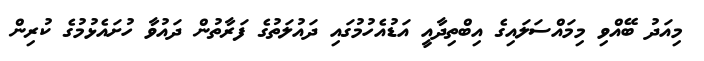
މިއަދު ބޭއްވި މިމައްސަލައިގެ އިބްތިދާއީ އަޑުއެހުމުގައި ދައުލަތުގެ ފަރާތުން ދައުވާ ހުށައެޅުމުގެ ކުރިން